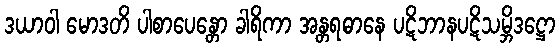
ဒယာဝါ မောဒတိ ပါစာပေန္တော ခါရိကာ အန္တရဓာနေ ပဋိဘာနပဋိသမ္ဘိဒဋ္ဌော